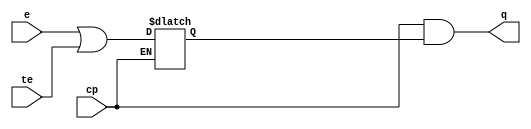
// SPDX-License-Identifier: Apache-2.0
// Copyright (C) 2019 Intel Corporation. 
module c3aibadapt_txclk_gate
(
	input	wire		cp,
	input	wire		e,
	input	wire		te,
	output	wire		q
);

	wire	clk;
	wire	clk_n;
	wire	clken;
	reg	latch_clken;

	assign clk = cp;
	assign clk_n = ~cp;
	assign clken = e || te;

        always @(clk_n or clken)
        begin
		if (clk_n)
                begin
                        latch_clken <= clken;
                end
        end

	assign q = clk & latch_clken;

endmodule // c3aibadapt_txclk_gate